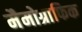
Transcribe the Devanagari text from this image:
मैमोग्राफिक